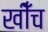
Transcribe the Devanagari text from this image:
खीँच